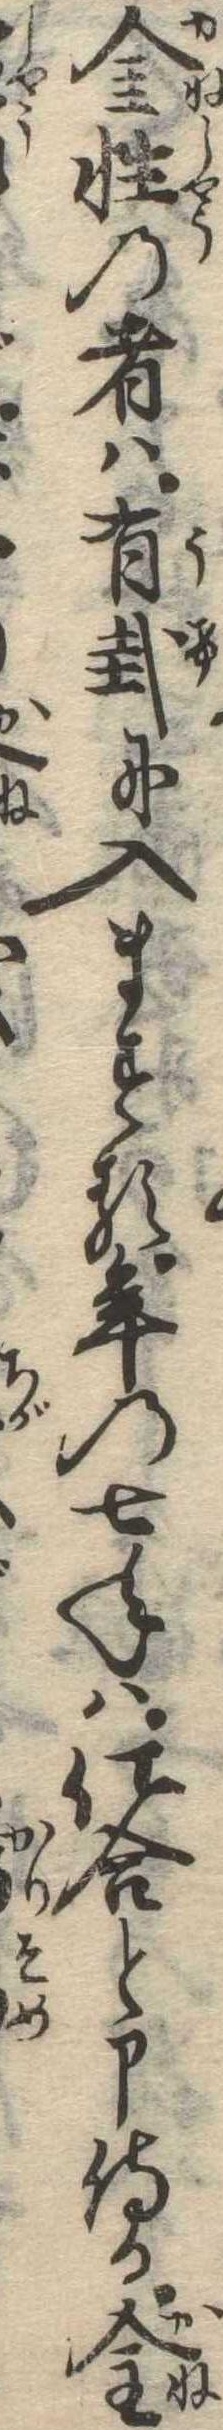
金性の者は有卦に入まする年の七年は仕合と申侍る金